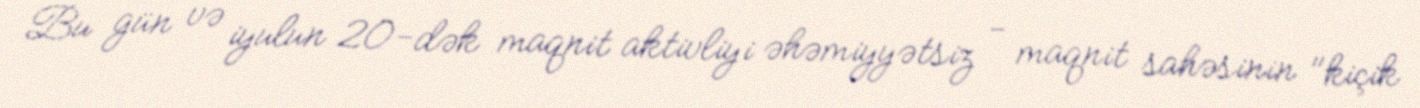
Bu gün və iyulun 20-dək maqnit aktivliyi əhəmiyyətsiz - maqnit sahəsinin "kiçik